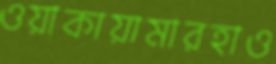
ওয়াকায়ামারহাও